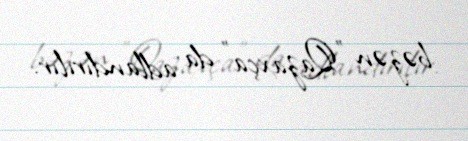
bəzən "Qazaxça" da adlandırılır.